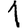
Digit: 1